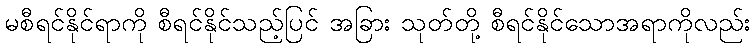
မစီရင်နိုင်ရာကို စီရင်နိုင်သည့်ပြင် အခြား သုတ်တို့ စီရင်နိုင်သောအရာကိုလည်း